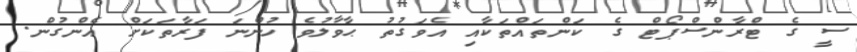
ސީ ގެ ޓްރާންސްޕޯޓް ގެ ކަންތައްތަކާއި އެވަގުތު ޙާވާލުވެ ހުންނަ ފަރާތަކަށް އެންގުން.